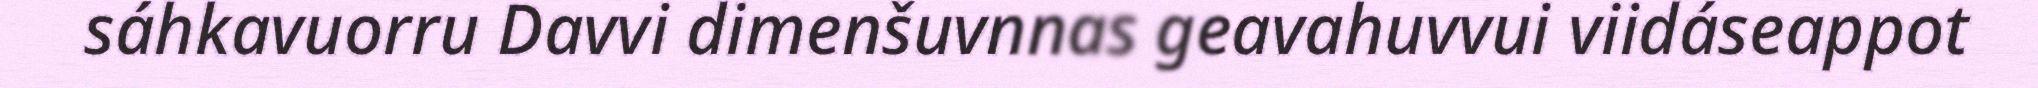
sáhkavuorru Davvi dimenšuvnnas geavahuvvui viidáseappot